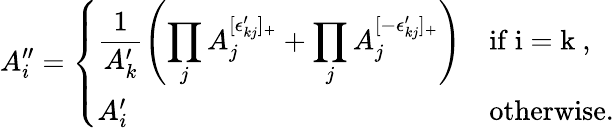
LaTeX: A_{i}^{\prime\prime}=\left\{ \begin{array}{ll}{\displaystyle\frac{1}{A_{k}^{\prime}}\left(\prod_{j}A_{j}^{[\epsilon_{kj}^{\prime}]_{+}}+\prod_{j}A_{j}^{[-\epsilon_{kj}^{\prime}]_{+}}\right)}&{\mathrm{if~i=k~},}\\ {A_{i}^{\prime}}&{\mathrm{otherwise}.}\end{array}\right.